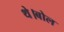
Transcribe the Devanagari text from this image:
थे।बोल